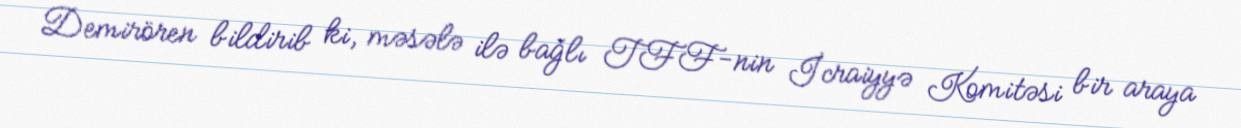
Demirören bildirib ki, məsələ ilə bağlı TFF-nin İcraiyyə Komitəsi bir araya